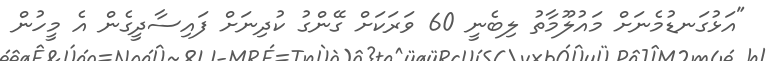
"އަޅުގަނޑުމެނަށް މައުލޫމާތު ލިބެނީ 60 ވަރަކަށް ގޭންގު ކުދިނަށް ފައިސާދީގެން އެ މީހުން